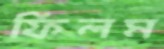
ফিলম